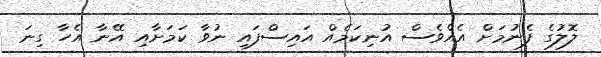
ލޮލުގެ ފެނުމަށް އެއްވެސް އުނިކަމެއް އައިސްފައި ނުވާ ކަމަށާއި އޭނާ އެހާ ގިނަ